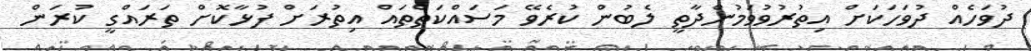
ދުވަހެއް ދުވަހަކަށް އިތުރުުވުވަމުންދާތީ ލެބުން ކުރެވޭ މަސައްކަތްތައް އިތުރަށް ފުޅާކޮށް ތަރައްގީ ކުރަން